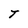
Character: T